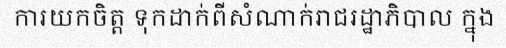
ការយកចិត្ត ទុកដាក់ពីសំណាក់រាជរដ្ឋាភិបាល ក្នុង